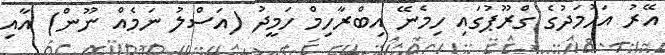
އޭރު އަހުމަދުގެ ގްރޫޕުގައި ހިމެނޭ އިބްރާހިމް ހަމީދު (އަސްލު ނަމެއް ނޫން) އާއި